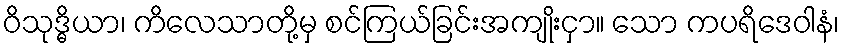
ဝိသုဒ္ဓိယာ၊ ကိလေသာတို့မှ စင်ကြယ်ခြင်းအကျိုးငှာ။ သော ကပရိဒေဝါနံ၊